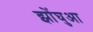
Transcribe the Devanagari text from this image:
झोंघुआ